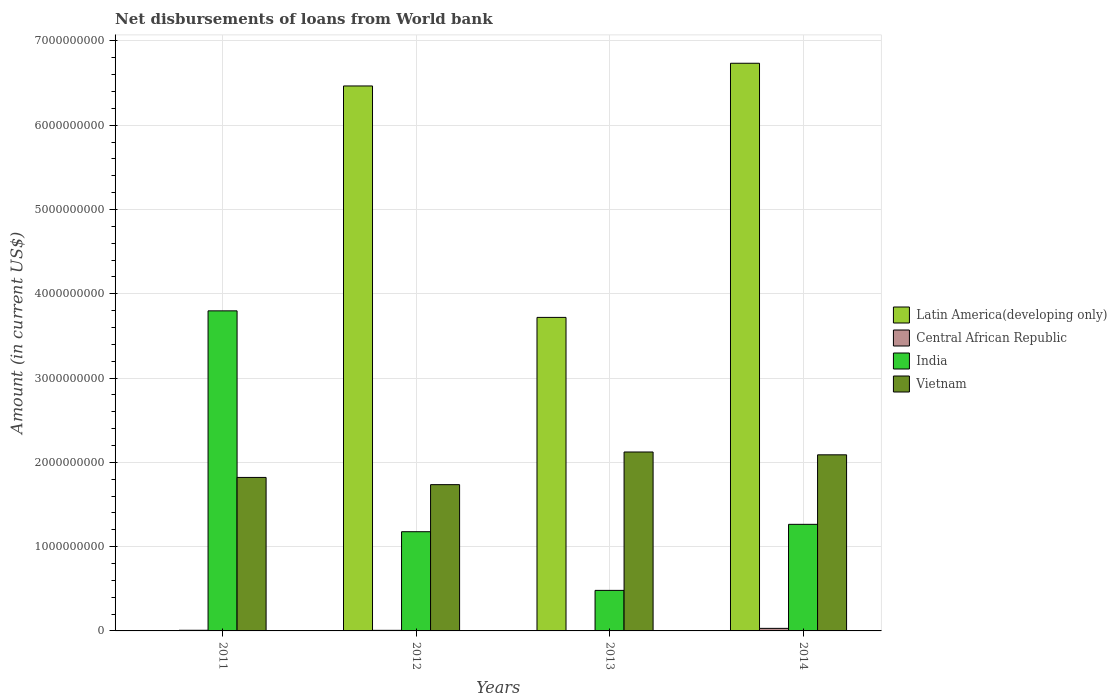
| Years | Latin America(developing only) | Central African Republic | India | Vietnam |
 | --- | --- | --- | --- | --- |
 | 2011 | -2.48e+08 | 7.68e+06 | 3.8e+09 | 1.82e+09 |
 | 2012 | 6.47e+09 | 7e+06 | 1.18e+09 | 1.74e+09 |
 | 2013 | 3.72e+09 | -3e+03 | 4.81e+08 | 2.12e+09 |
 | 2014 | 6.74e+09 | 3.04e+07 | 1.26e+09 | 2.09e+09 |